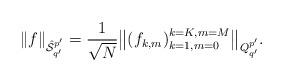
LaTeX: \begin{align*} \|f\|_{\hat{\mathcal S}_{q'}^{p'}} = \frac 1{\sqrt N}\bigl\|(f_{k,m})_{k=1, m=0}^{k=K, m=M}\bigr\|_{Q_{q'}^{p'}}. \end{align*}